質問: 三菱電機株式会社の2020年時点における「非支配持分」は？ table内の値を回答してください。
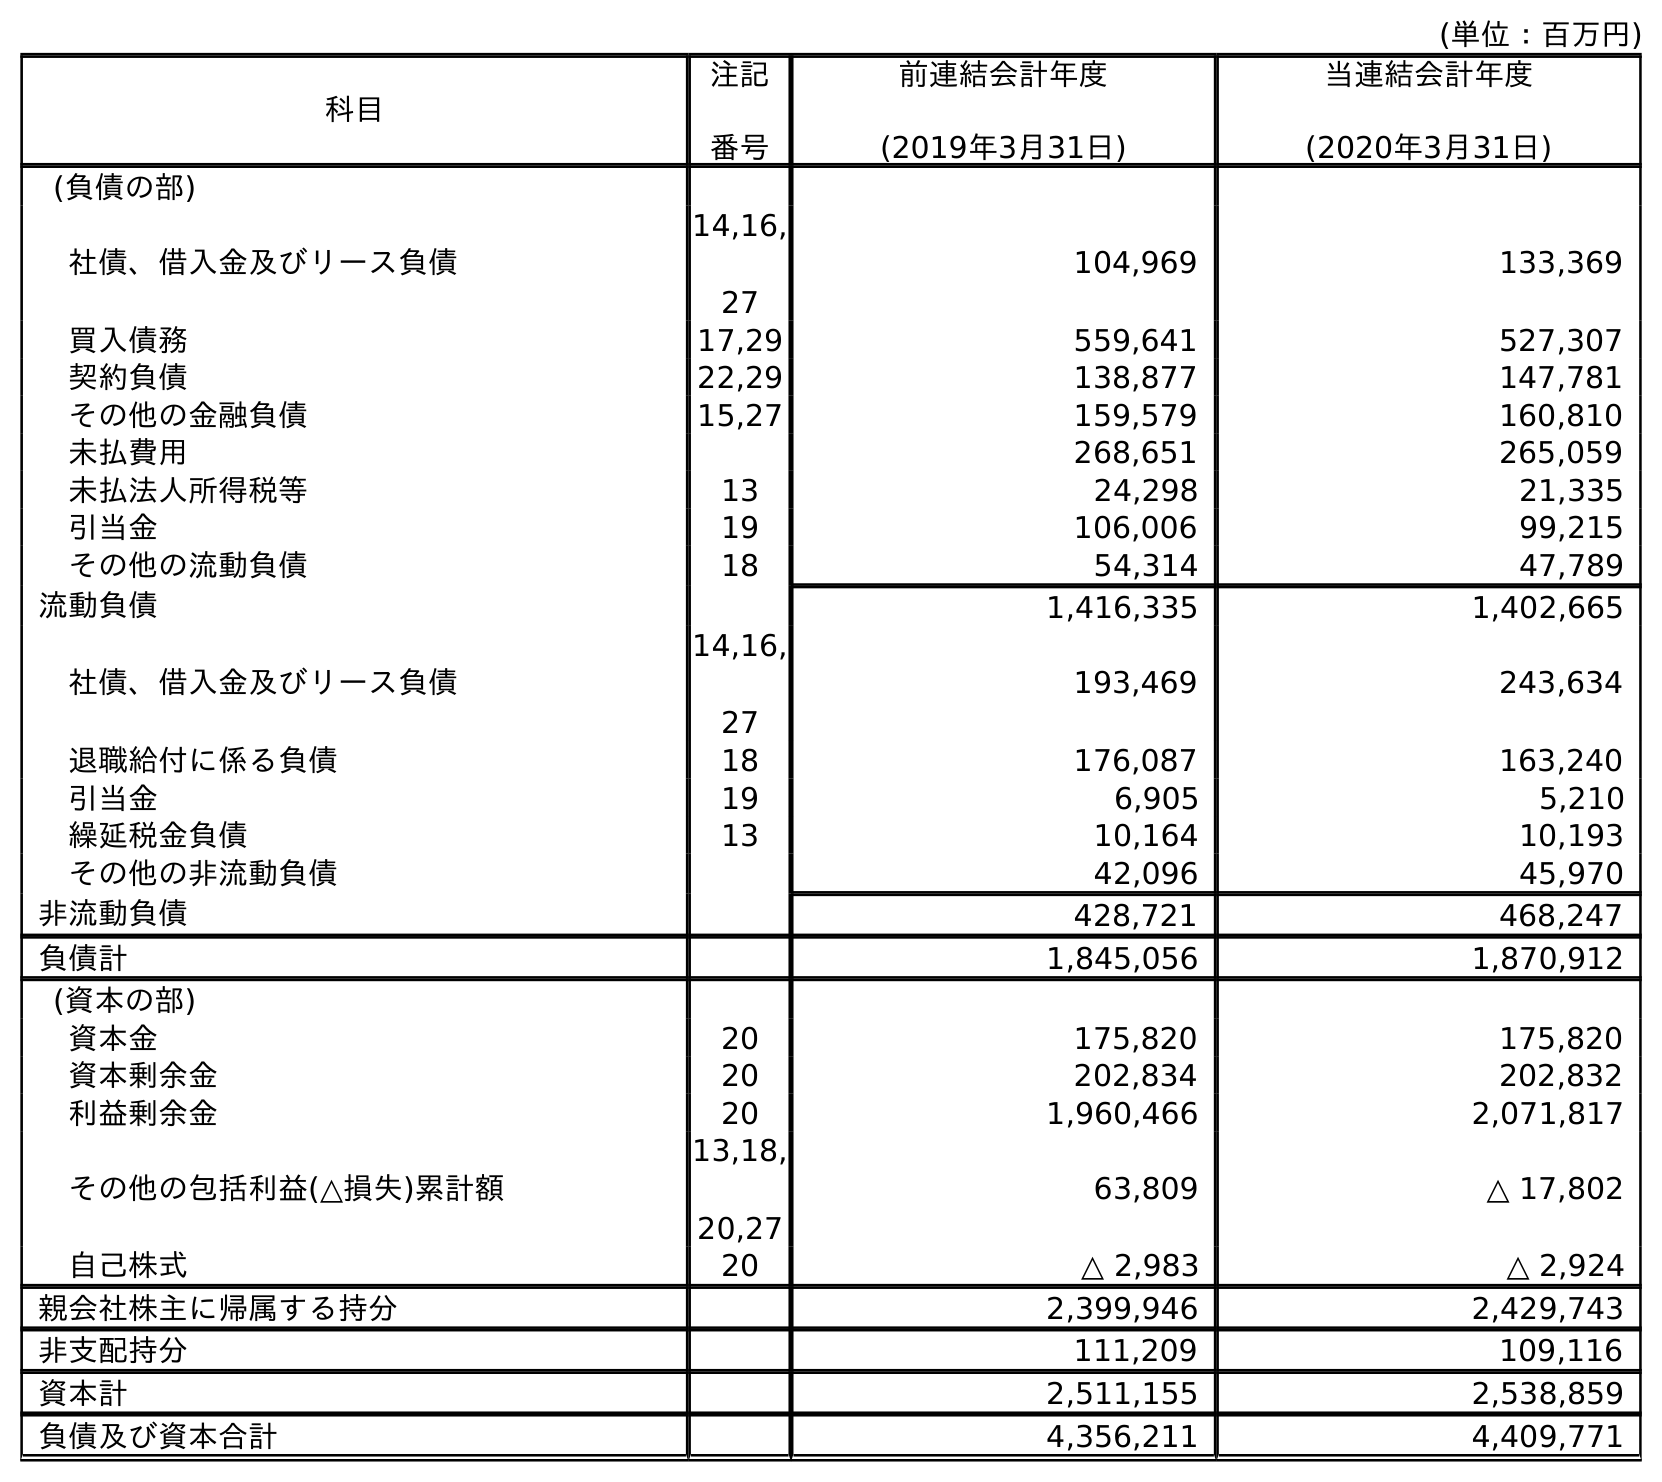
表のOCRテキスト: (単位：百万円) 科目 注記 番号 前連結会計年度 (2019年3月31日) 当連結会計年度 (2020年3月31日) (負債の部) 社債、借入金及びリース負債 14,16, 27 104,969 133,369 買入債務 17,29 559,641 527,307 契約負債 22,29 138,877 147,781 その他の金融負債 15,27 159,579 160,810 未払費用 268,651 265,059 未払法人所得税等 13 24,298 21,335 引当金 19 106,006 99,215 その他の流動負債 18 54,314 47,789 流動負債 1,416,335 1,402,665 社債、借入金及びリース負債 14,16, 27 193,469 243,634 退職給付に係る負債 18 176,087 163,240 引当金 19 6,905 5,210 繰延税金負債 13 10,164 10,193 その他の非流動負債 42,096 45,970 非流動負債 428,721 468,247 負債計 1,845,056 1,870,912 (資本の部) 資本金 20 175,820 175,820 資本剰余金 20 202,834 202,832 利益剰余金 20 1,960,466 2,071,817 その他の包括利益(△損失)累計額 13,18, 20,27 63,809 △ 17,802 自己株式 20 △ 2,983 △ 2,924 親会社株主に帰属する持分 2,399,946 2,429,743 非支配持分 111,209 109,116 資本計 2,511,155 2,538,859 負債及び資本合計 4,356,211 4,409,771
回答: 109,116